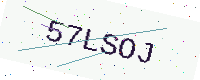
Text: 57LSOJ